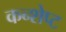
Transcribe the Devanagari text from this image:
कन्शेप्ट